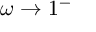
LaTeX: \omega \rightarrow 1 ^ { - }